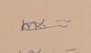
Signature authenticity: genuine